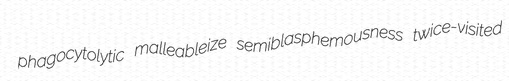
phagocytolytic malleableize semiblasphemousness twice-visited